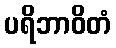
ပရိဘာဝိတံ